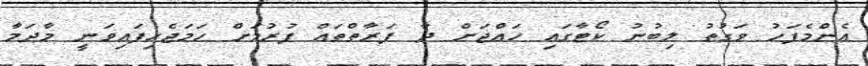
އެންމެފަހު ވަގުތު ލިބުނު ކޯޓާގައި ހައްޖަށް ދާ ފަރާތްތައް ފުރުމަށް ހަމަޖެހިފައިވަނީ މާދަމާ